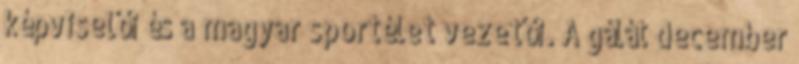
képviselői és a magyar sportélet vezetői. A gálát december